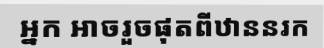
អ្នក អាចរួចផុតពីឋាននរក